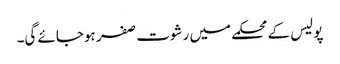
پولیس کے محکمے میں رشوت صفر ہوجائے گی۔